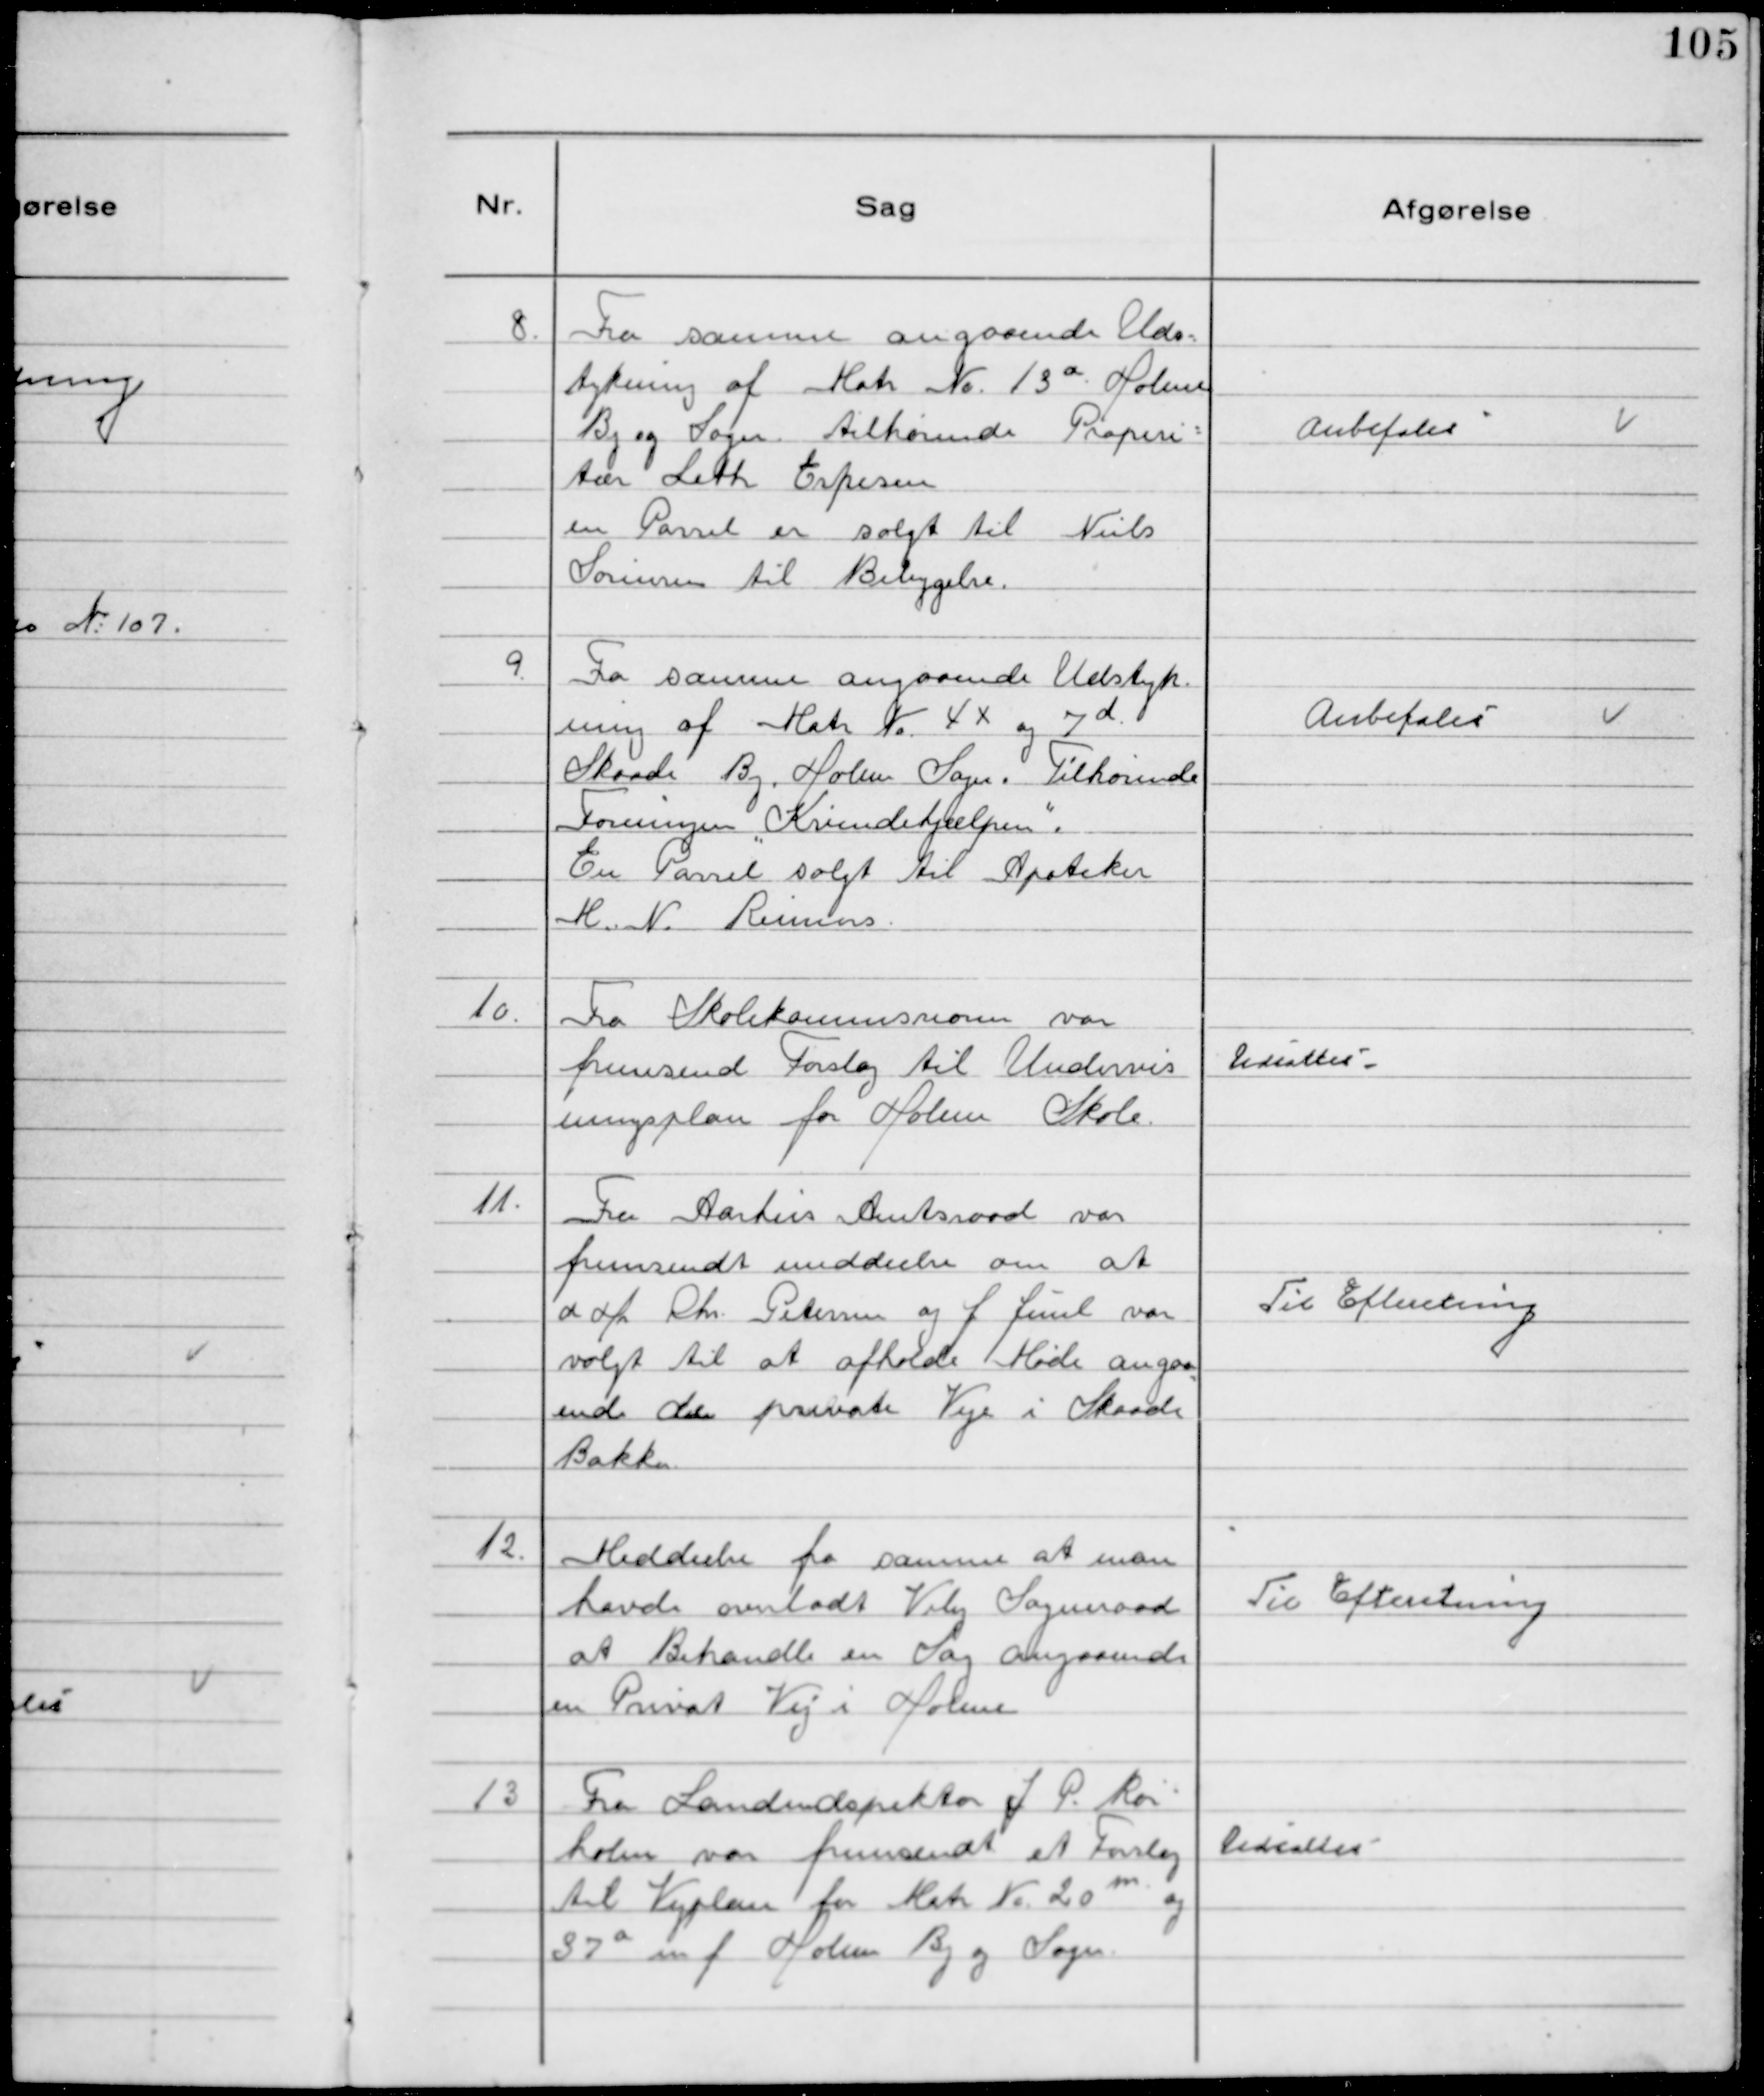
Transskription:
8.
Fra samme angaaende Uds-
tykning af Matr № 13 a Holme
By og Sogn tilhørende Properi-
tær Leth Espesen
en Parsel er solgt til Niels
Sørensen til Bebyggelse.

Anbefales

9.
Fra samme angaaende Udstyk-
ning af Matr №4x og 7 d
Skaade By, Holme Sogn. Tilhørende
Foreningen "Kvindehjælpen".
En Parsel solgt til Apoteker
M. N. Reimers

Anbefales

10.
Fra Skolekommissionen var
fremsend Forslag til Undervis
ningsplan for Holme Skole.

Udsattes.

11.
Fra Aarhus Amtsraad var
fremsendt meddeelse om at
d Hr Chr. Petersen og J Juul var
valgt til at afholde Møde angaa
ende de private Veje i Skaade
Bakker.

Til Efteretning

12.
Meddeelse fra samme at man
havde overladt Viby Sogneraad
at Behandle en Sag angaaende
en Privat Vej i Holme

Til Efteretning

13
Fra Landindspektør J P. Rør
holm var fremsendt et Forslag
til Vejplan for Matr №20 m. og
37 a m f Holme By og Sogn

Udsattes